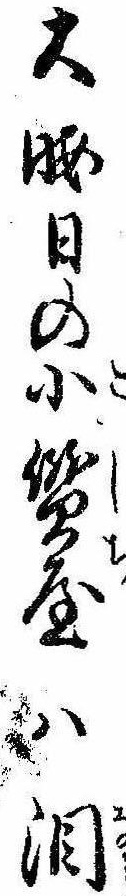
大晦日の小質屋は涙